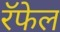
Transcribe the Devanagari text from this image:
रॅफेल